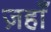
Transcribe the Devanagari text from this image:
ज़हाँ